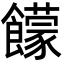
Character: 饛